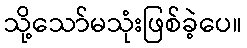
သို့သော်မသုံးဖြစ်ခဲ့ပေ။